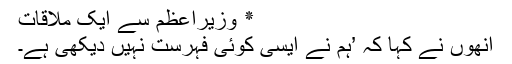
٭ وزیراعظم سے ایک ملاقات
انھوں نے کہا کہ ’ہم نے ایسی کوئی فہرست نہیں دیکھی ہے۔